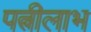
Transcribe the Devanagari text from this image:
पत्नीलाभ